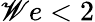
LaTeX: \mathscr{W}e<2